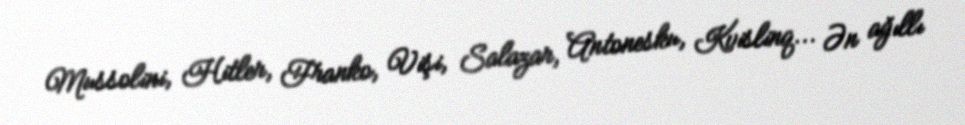
Mussolini, Hitler, Franko, Vişi, Salazar, Antonesku, Kvislinq... Ən ağıllı